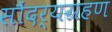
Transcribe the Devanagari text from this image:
सौंदर्यग्रहण